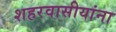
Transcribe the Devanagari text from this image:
शहरवासीयांना